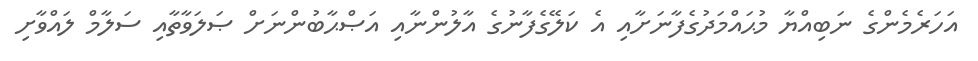
އަހަރެމެންގެ ނަބިއްޔާ މުޙައްމަދުގެފާނަށާއި އެ ކަލޭގެފާނުގެ އާލުންނާއި އަޞްޙާބުންނަށް ޞަލަވާތާއި ސަލާމް ލައްވާށި